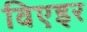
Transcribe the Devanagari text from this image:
विएइर